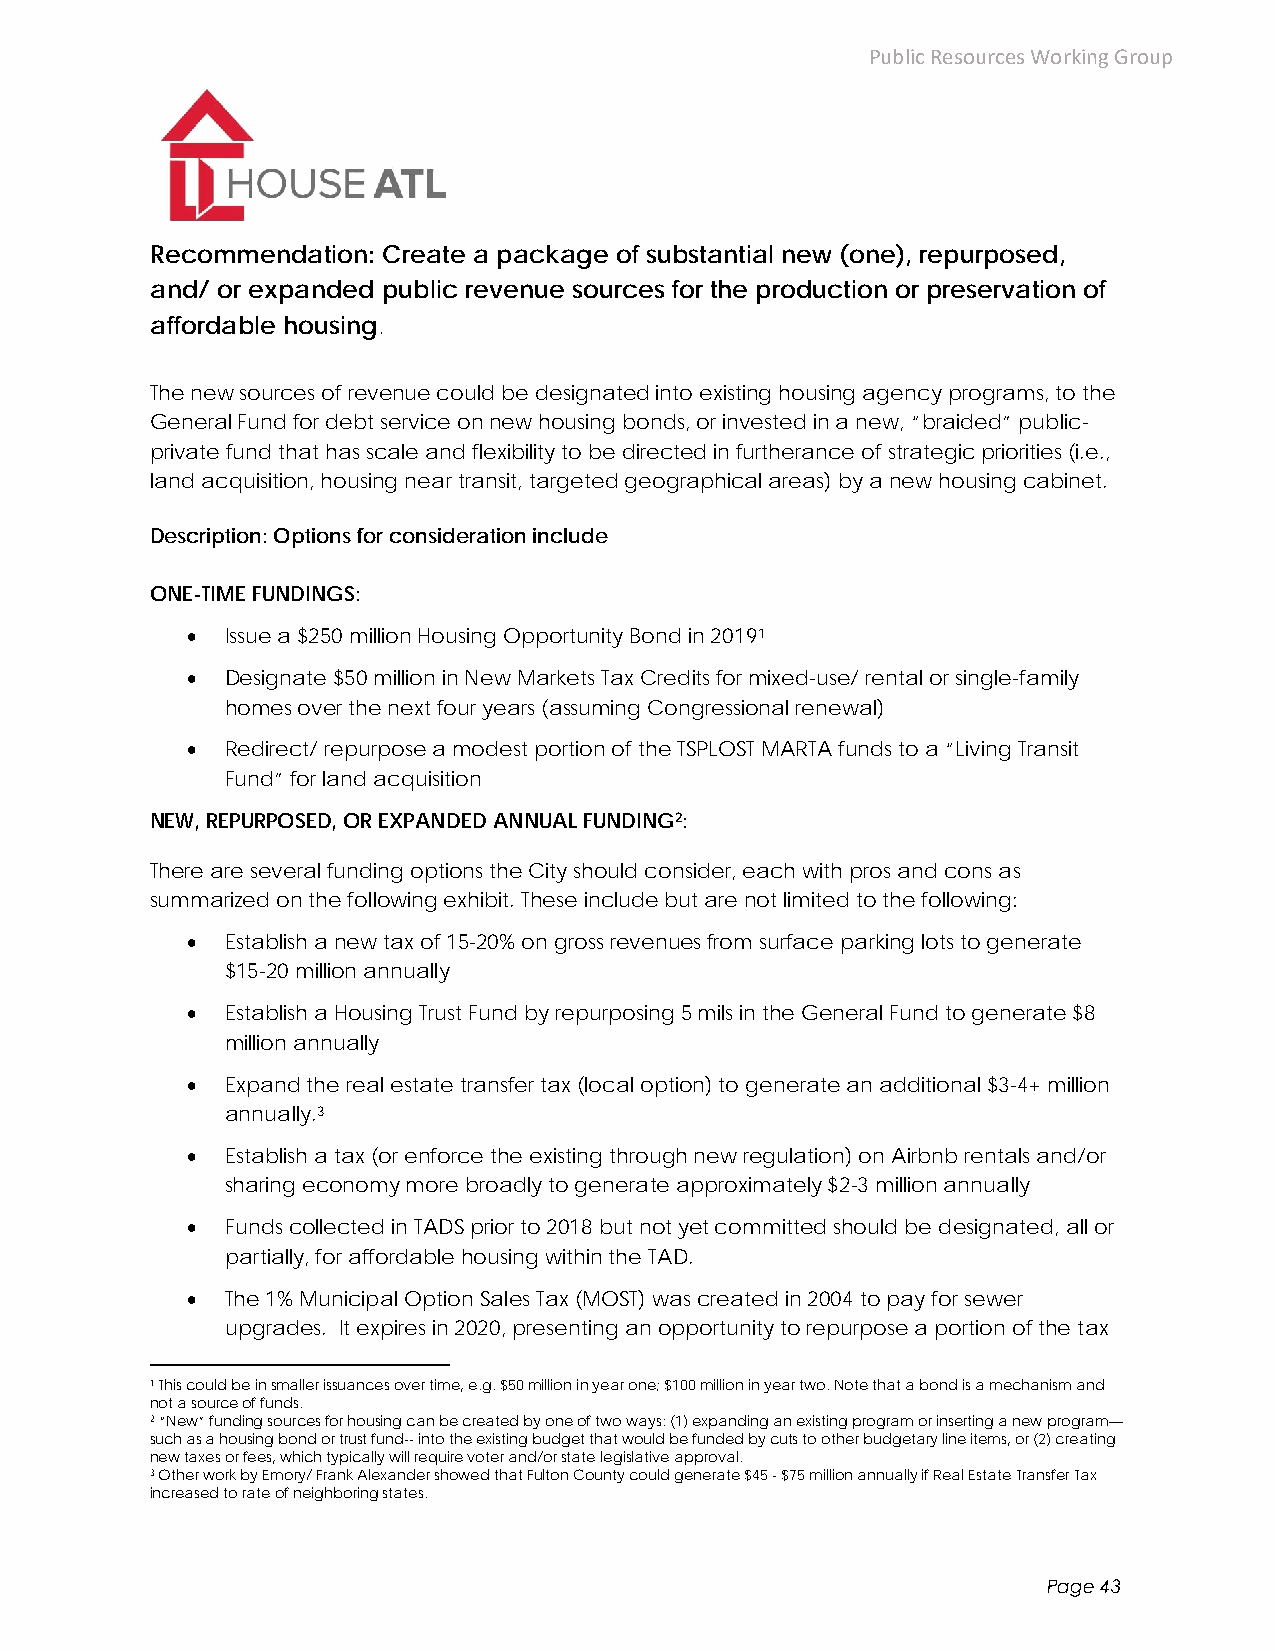
Public Resources Working Group
 Recommendation: Create a package of substantial new (one), repurposed,
 and/ or expanded public revenue sources for the production or preservation of
 affordable housing.
 The new sources of revenue could be designated into existing housing agency programs, to the
 General Fund for debt service on new housing bonds, or invested in a new, “braided” public-
 private fund that has scale and flexibility to be directed in furtherance of strategic priorities (i.e.,
 land acquisition, housing near transit, targeted geographical areas) by a new housing cabinet.
 Description: Options for consideration include
 ONE-TIME FUNDINGS:
   Issue a $250 million Housing Opportunity Bond in 20191
   Designate $50 million in New Markets Tax Credits for mixed-use/ rental or single-family
 homes over the next four years (assuming Congressional renewal)
   Redirect/ repurpose a modest portion of the TSPLOST MARTA funds to a “Living Transit
 Fund” for land acquisition
 NEW, REPURPOSED, OR EXPANDED ANNUAL FUNDING2:
 There are several funding options the City should consider, each with pros and cons as
 summarized on the following exhibit. These include but are not limited to the following:
   Establish a new tax of 15-20% on gross revenues from surface parking lots to generate
 $15-20 million annually
   Establish a Housing Trust Fund by repurposing 5 mils in the General Fund to generate $8
 million annually
   Expand the real estate transfer tax (local option) to generate an additional $3-4+ million
 annually.3
   Establish a tax (or enforce the existing through new regulation) on Airbnb rentals and/or
 sharing economy more broadly to generate approximately $2-3 million annually
   Funds collected in TADS prior to 2018 but not yet committed should be designated, all or
 partially, for affordable housing within the TAD.
   The 1% Municipal Option Sales Tax (MOST) was created in 2004 to pay for sewer
 upgrades. It expires in 2020, presenting an opportunity to repurpose a portion of the tax
 1 This could be in smaller issuances over time, e.g. $50 million in year one; $100 million in year two. Note that a bond is a mechanism and
 not a source of funds.
 2 “New” funding sources for housing can be created by one of two ways: (1) expanding an existing program or inserting a new program—
 such as a housing bond or trust fund-- into the existing budget that would be funded by cuts to other budgetary line items, or (2) creating
 new taxes or fees, which typically will require voter and/or state legislative approval.
 3 Other work by Emory/ Frank Alexander showed that Fulton County could generate $45 - $75 million annually if Real Estate Transfer Tax
 increased to rate of neighboring states.
 Page 43